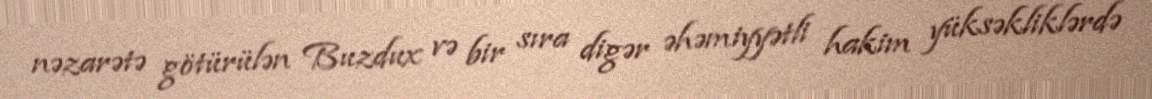
nəzarətə götürülən Buzdux və bir sıra digər əhəmiyyətli hakim yüksəkliklərdə